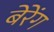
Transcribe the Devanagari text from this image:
बेरेंग